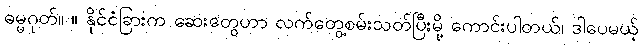
ဓမ္မဂုတ်။ ။ နိုင်ငံခြားက ဆေးတွေဟာ လက်တွေ့စမ်းသတ်ပြီးမို့ ကောင်းပါတယ်၊ ဒါပေမယ့်